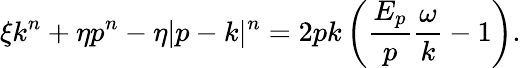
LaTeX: \xi k^{n}+\eta p^{n}-\eta|p-k|^{n}=2pk\left(\frac{E_{p}}{p}\frac{\omega}{k}-1\right).